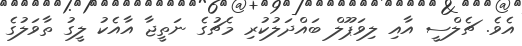
އެވެ. ޗެލްސީ އާއި ލިވަޕޫލް ބައްދަލުކުރި މެޗުގެ ނަތީޖާ އާއެކު ލީގު ތާވަލުގެ